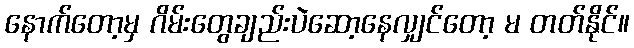
နောက်တော့မှ ဂိမ်းတွေချည်းပဲဆော့နေလျှင်တော့ မ တတ်နိုင်။